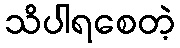
သိပါရစေတဲ့